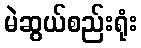
မဲဆွယ်စည်းရုံး